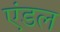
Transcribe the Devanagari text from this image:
एंडल